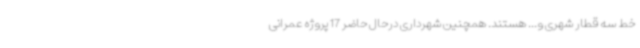
خط سه قطار شهری و... هستند. همچنین شهرداری درحال حاضر 17 پروژه عمرانی